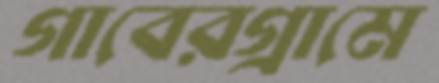
গাবেরগ্রামে